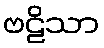
ဗဠိသာ